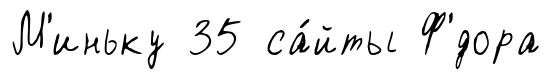
М'иньку 35 са́йты Ф'́дора